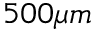
5 0 0 \mu m